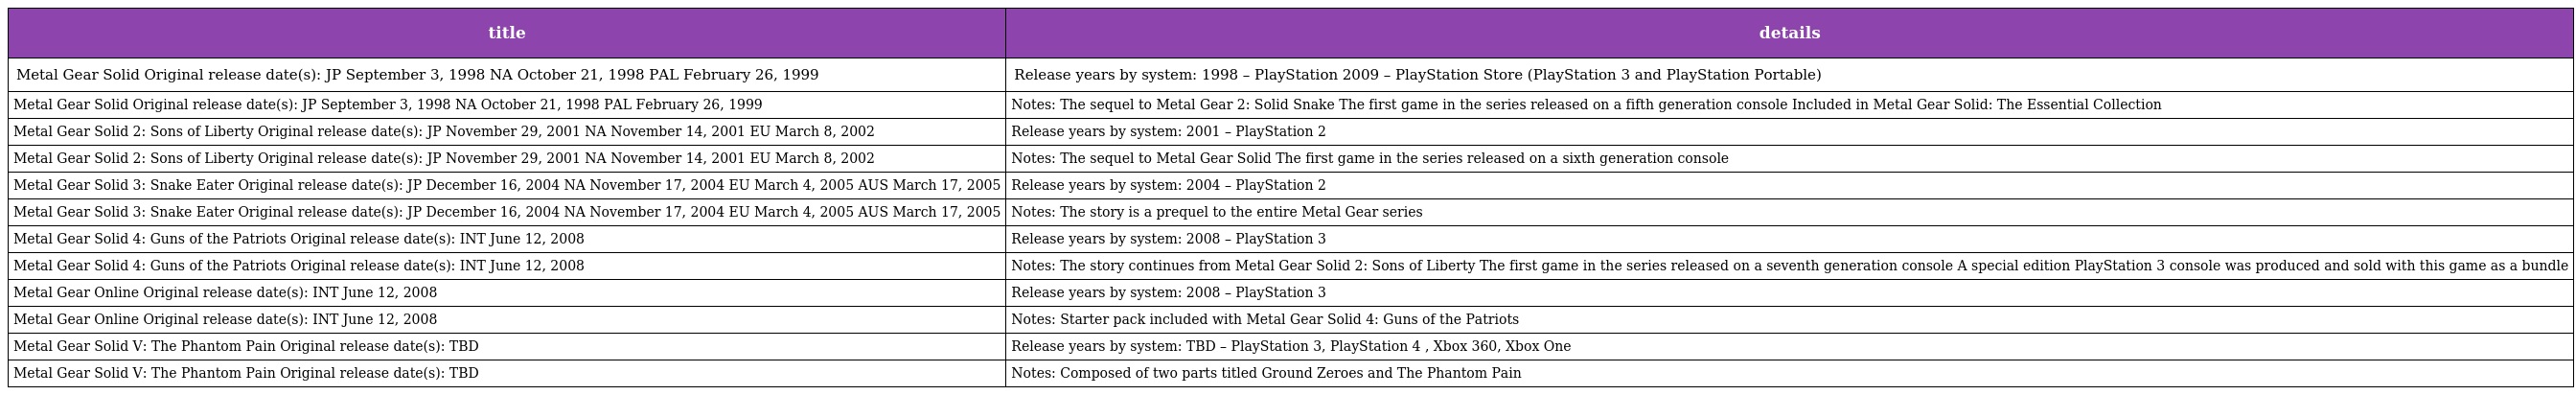
| title | details |
 | --- | --- |
 | Metal Gear Solid Original release date(s): JP September 3, 1998 NA October 21, 1998 PAL February 26, 1999 | Release years by system: 1998 – PlayStation 2009 – PlayStation Store (PlayStation 3 and PlayStation Portable) |
 | Metal Gear Solid Original release date(s): JP September 3, 1998 NA October 21, 1998 PAL February 26, 1999 | Notes: The sequel to Metal Gear 2: Solid Snake The first game in the series released on a fifth generation console Included in Metal Gear Solid: The Essential Collection |
 | Metal Gear Solid 2: Sons of Liberty Original release date(s): JP November 29, 2001 NA November 14, 2001 EU March 8, 2002 | Release years by system: 2001 – PlayStation 2 |
 | Metal Gear Solid 2: Sons of Liberty Original release date(s): JP November 29, 2001 NA November 14, 2001 EU March 8, 2002 | Notes: The sequel to Metal Gear Solid The first game in the series released on a sixth generation console |
 | Metal Gear Solid 3: Snake Eater Original release date(s): JP December 16, 2004 NA November 17, 2004 EU March 4, 2005 AUS March 17, 2005 | Release years by system: 2004 – PlayStation 2 |
 | Metal Gear Solid 3: Snake Eater Original release date(s): JP December 16, 2004 NA November 17, 2004 EU March 4, 2005 AUS March 17, 2005 | Notes: The story is a prequel to the entire Metal Gear series |
 | Metal Gear Solid 4: Guns of the Patriots Original release date(s): INT June 12, 2008 | Release years by system: 2008 – PlayStation 3 |
 | Metal Gear Solid 4: Guns of the Patriots Original release date(s): INT June 12, 2008 | Notes: The story continues from Metal Gear Solid 2: Sons of Liberty The first game in the series released on a seventh generation console A special edition PlayStation 3 console was produced and sold with this game as a bundle |
 | Metal Gear Online Original release date(s): INT June 12, 2008 | Release years by system: 2008 – PlayStation 3 |
 | Metal Gear Online Original release date(s): INT June 12, 2008 | Notes: Starter pack included with Metal Gear Solid 4: Guns of the Patriots |
 | Metal Gear Solid V: The Phantom Pain Original release date(s): TBD | Release years by system: TBD – PlayStation 3, PlayStation 4 , Xbox 360, Xbox One |
 | Metal Gear Solid V: The Phantom Pain Original release date(s): TBD | Notes: Composed of two parts titled Ground Zeroes and The Phantom Pain |